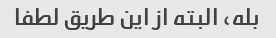
بله، البته از این طریق لطفا